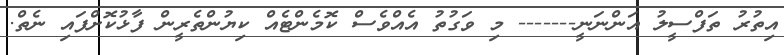
އިތުރު ތަފްސީލު އަންނަނީ------- މި ވަގުތު އެއްވެސް ކޮމެންޓެއް ކިޔުންތެރީން ފާޅުކޮށްފައި ނެތް.